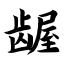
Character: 龌